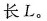
长L。